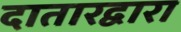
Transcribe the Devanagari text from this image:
दातारद्वारा